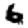
Digit: 6